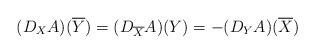
LaTeX: \begin{align*}(D_X{A})(\overline{Y})=(D_{\overline{X}}A)(Y)=-(D_Y{A})(\overline{X})\end{align*}